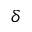
\delta